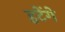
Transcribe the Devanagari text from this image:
हटेंगे